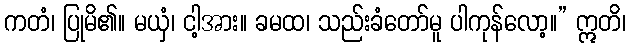
ကတံ၊ ပြုမိ၏။ မယှံ၊ ငါ့အား။ ခမထ၊ သည်းခံတော်မူ ပါကုန်လော့။” ဣတိ၊